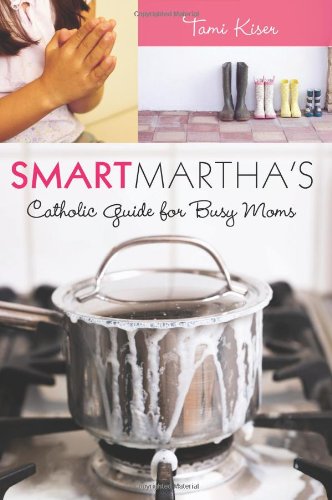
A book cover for Smart Martha's Catholic Guide for Busy Moms; Tami Kiser; Christian Books & Bibles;